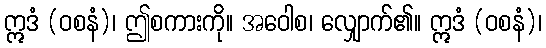
ဣဒံ (ဝစနံ)၊ ဤစကားကို။ အဝေါစ၊ လျှောက်၏။ ဣဒံ (ဝစနံ)၊